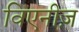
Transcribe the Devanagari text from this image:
विएनीज़